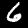
Label: 6